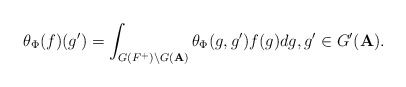
\begin{align*}\theta_\Phi(f)(g')=\int_{G(F^+)\backslash G({\bf A})}\theta_\Phi(g,g')f(g)dg,g'\in G'({\bf A}).\end{align*}